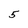
Character: 5